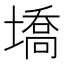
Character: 墧